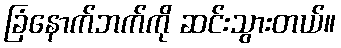
ခြံနောက်ဘက်ကို ဆင်းသွားတယ်။